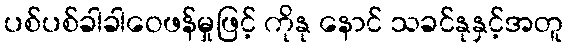
ပစ်ပစ်ခါခါဝေဖန်မှုဖြင့် ကိုနု နောင် သခင်နုနှင့်အတူ